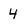
Character: 4